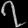
Digit: ၇